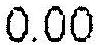
0.00